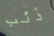
ذئب